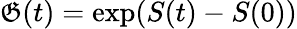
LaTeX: \mathfrak{G}(t)=\exp(S(t)-S(0))